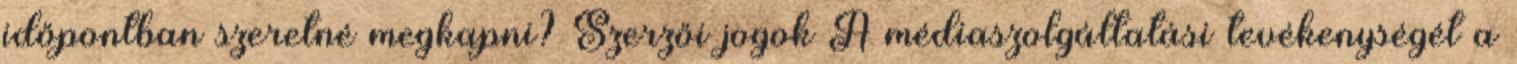
időpontban szeretné megkapni? Szerzői jogok A médiaszolgáltatási tevékenységét a